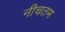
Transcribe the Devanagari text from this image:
नीचतम